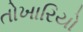
તોખારિયો